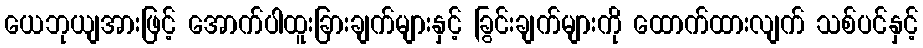
ယေဘုယျအားဖြင့် အောက်ပါထူးခြားချက်များနှင့် ခြွင်းချက်များကို ထောက်ထားလျက် သစ်ပင်နှင့်